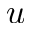
u